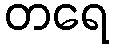
တရေ